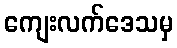
ကျေးလက်ဒေသမှ